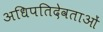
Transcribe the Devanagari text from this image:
अधिपतिदेवताओं